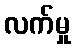
လက်မှု